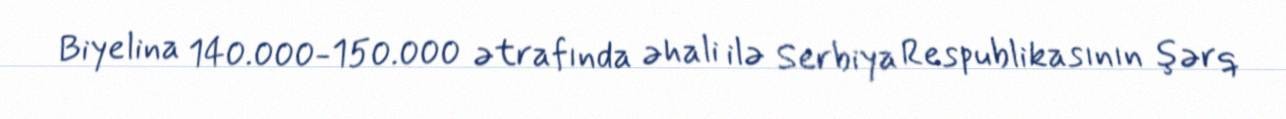
Biyelina 140.000-150.000 ətrafında əhali ilə Serbiya Respublikasının şərq